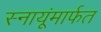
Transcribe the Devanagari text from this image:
स्नायूंमार्फत